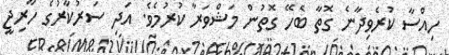
ހިއްސާ ކުރެވިދާނެ ގޮތާ ބެހޭ ގޮތުން މަޝްވަރާ ކުރުމެވެ. އަދި ސަރުކާރުގެ ހާރިޖީ